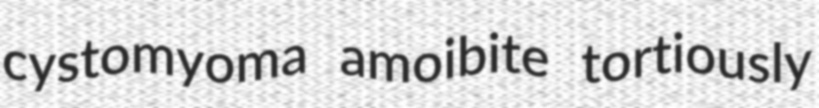
cystomyoma amoibite tortiously